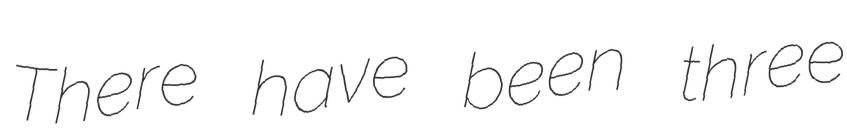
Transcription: There have been three